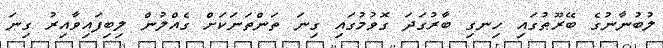
ލުބުނާނުގެ ބޭރޫޠުގައި ހިނގި ބާރުގަދަ ގޮވުމުގައި ގިނަ ތަންތަނަކަށް ގެއްލުން ލިބިފައިވާއިރު ގިނަ